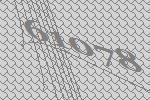
61078